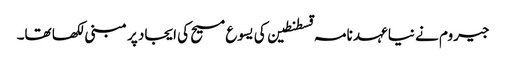
جیروم نے نیا عہد نامہ قسطنطین کی یسوع مسیح کی ایجاد پر مبنی لکھا تھا۔